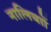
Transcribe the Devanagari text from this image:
नालियाों